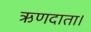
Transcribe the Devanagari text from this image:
ऋणदाता।